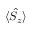
\langle \hat { S } _ { z } \rangle